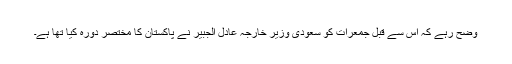
وضح رہے کہ اس سے قبل جمعرات کو سعودی وزیر خارجہ عادل الجبیر نے پاکستان کا مختصر دورہ کیا تھا ہے۔